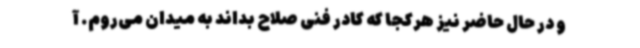
و در حال حاضر نیز هرکجا که کادر فنی صلاح بداند به میدان می‌روم. آ